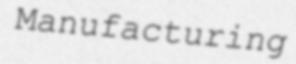
Manufacturing